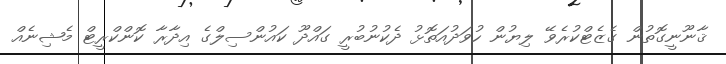
ޤާނޫނީގޮތުން ގެޒެޓްކުރެވޭ ލިޔުން ހުވަދުއަތޮޅު ދެކުނުބުރީ ގައްދޫ ކައުންސިލްގެ އިދާރާ ކޮންކްރީޓް މެޝިނެއް